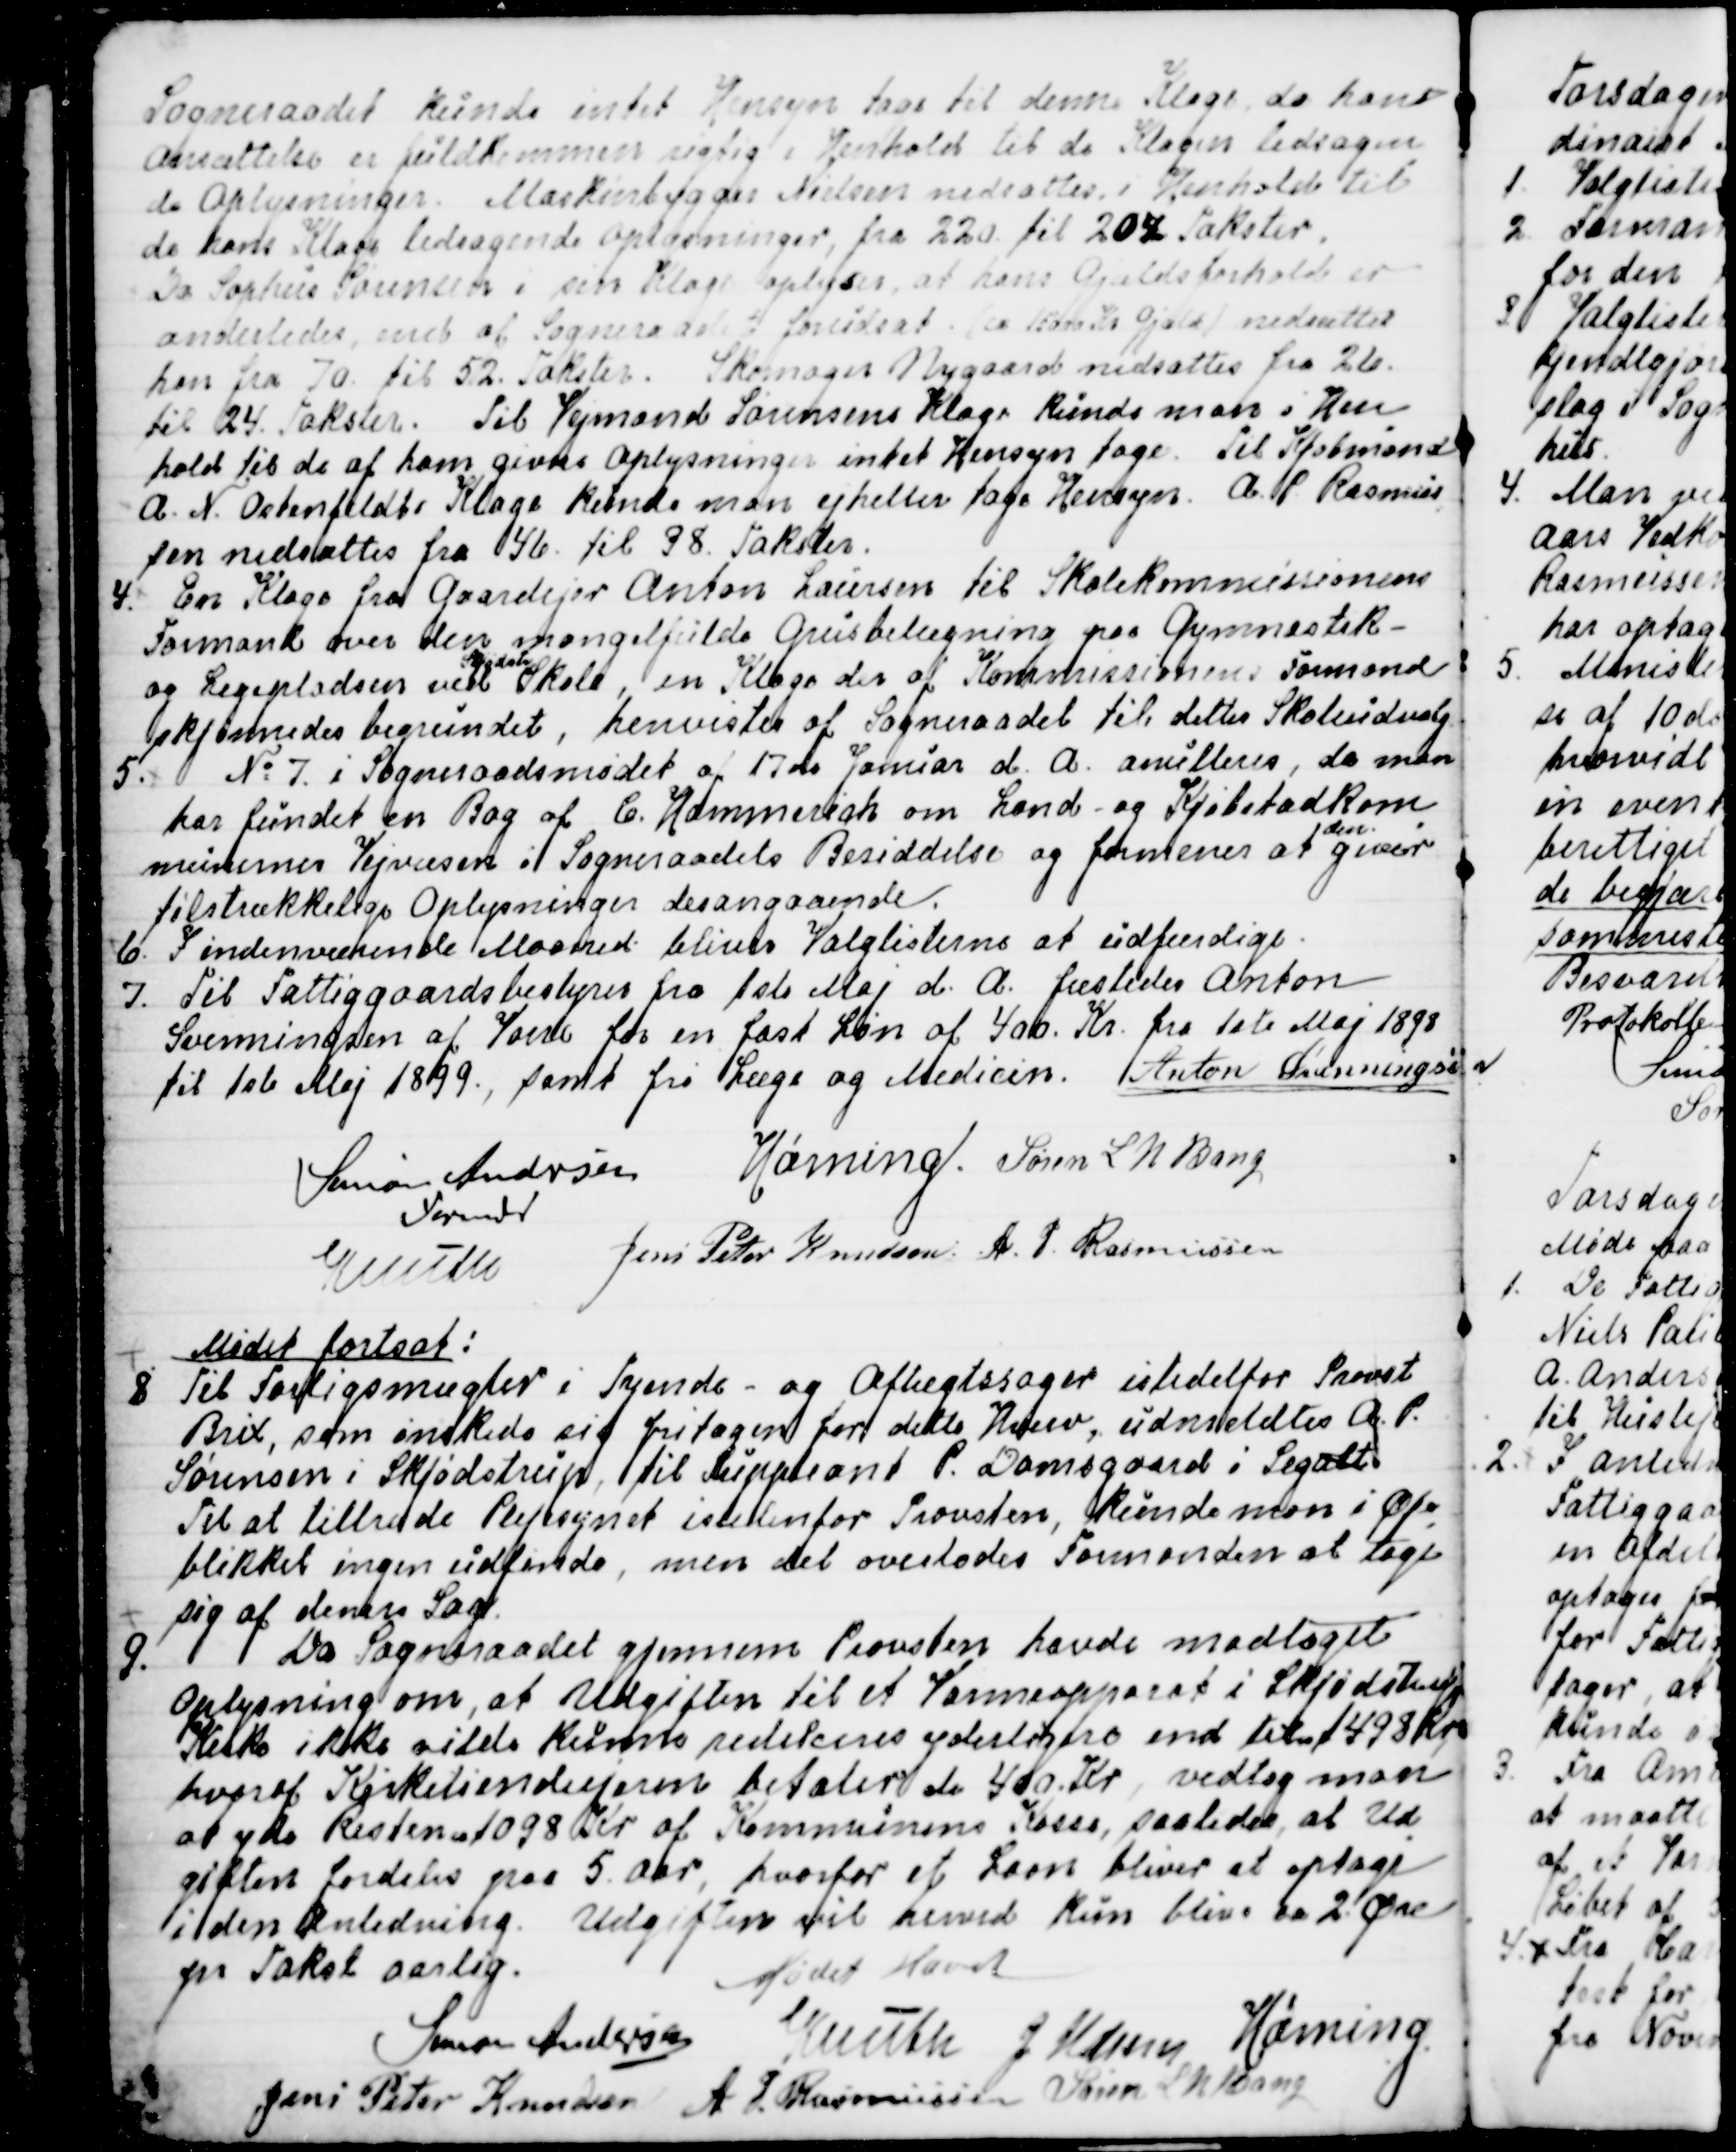
Transskription:
Sogneraadet kunne intet Hensyn tage til denne Klage da hans
Ansættelse er fuldkommen rigtig i Henhold til de Klagen ledsagen
=
de Oplysninger. Maskinbygger Nielsen nedsattes i Henhold til
de hans Klage ledsagende Oplysninger, fra 220. til 204. Takster.
Da Sophus Sørensen i sin Klage oplyser at hans Grundtaktsbeløb er
anderledes end af Sogneraadet forudsat (ca 15000 Kr Gjæld) nedsættes
han fra 70. til 52. Takster. Skomager Nygaard nedsættes fra 26.
til 24. Takster. Til Vejmand Sørensens Klage kunde man i Hen
=
hold til de af ham givne Oplysninger intet Hensyn tage. Til Kjøbmand
A. N. Ostenfeldts Klage kunde man ejheller tage Hensyn. A. P. Rasmus
=
sen nedsattes fra 46. til 38. Takster.
4. En Klage fra Gaardejer Anton Laursen til Skolekommissionens
Formand over den mangelfulde Grusbelægning paa Gymnastik-
og Legepladsen ved 
Skjødstr
Skole, en Klage der af Kommissionens Formand
skjønnedes begrundet, henvistes af Sogneraadet til dettes Skoleudvalg.
5. № 7 i Sogneraadsmødet af 17de Januar d. A. annulleres, da man
har fundet en Bog af C. Hammerich om Land- og Kjøbstadskom
=
munernes Vejvæsen i Sogneraadets Besiddelse og formener at 
den
giver
tilstrækkelige Oplysninger desangaaende.
6. I indeværende Maaned bliver Valglisterne at udfærdige.
7. Til Fattiggaardsbestyrer fra 1ste Maj d. A. fæstedes Anton
Svenningsen af Vorre for en fast Løn af 400. Kr fra 1ste Maj 1898
til 1ste Maj 1899, samt fri Læge og Medicin. Anton Svenningse n
Simon Andersen
Formand
Hørning.
Søren L N Bang
Knuth
Jens Peter Knudsen.
A. P. Rasmussen

Mødet fortsat:
8
Til Forligsmægler i Tyende- og Aftægtssager istedetfor Provst
Brix, som ønskede sig fritagen for dette Hverv, udmældtes A. P.
Sørensen i Skjødstrup, til Suppleant P. Damsgaard i Segalt.
Til at tiltræde Plejetilsynet istedenfor Provsten, kunde man i Øje
=
blikket ingen udfinde, men det overlodes Formanden at tage
sig af denne Sag,
9.
Da Sogneraadet gjennem Provsten havde modtaget
Oplysning om, at Udgiften til et Varmeapparat i Skjødstrup
Kirke ikke vilde kunne reduceres yderligere end til 1498 Kr
hvoraf Kirketiendeejeren betaler de 400. Kr., vedtog man
at yde Resten 1098. Kr. af Kommunens Kasse, saaledes at Ud
=
giften fordeles paa 5. Aar, hvorfor et Laan bliver at optage
i den Anledning. Udgiften vil herved kun blive ca 2. Øre
pr Takst aarlig.
Mødet Hævet
Simon Andersen
Knuth
J Udsen
Hørning
Jens Peter Knudsen
A. P. Rasmussen
Søren L N Bang